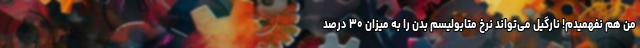
من هم نفهمیدم! نارگیل می‌تواند نرخ متابولیسم بدن را به میزان ۳۰ درصد